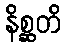
နိစ္ဆတိ